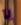
يا